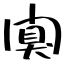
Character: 闃